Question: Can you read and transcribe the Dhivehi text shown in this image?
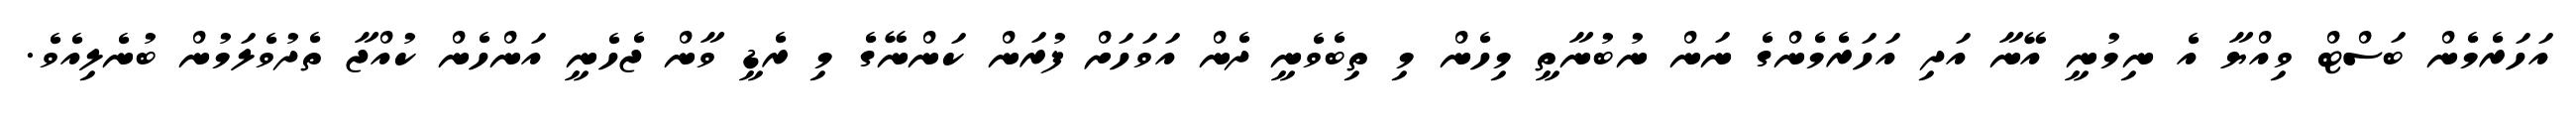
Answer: އަހަރެމެން ބަސްޓް ވިއްޔާ އެ ނިމުނީ އޭނާ އަދި އަހަރެމެންގެ ނަން ނުބުނާތީ މިހެން މި ތިބެވެނީ ދެން އަވަހަށް ފުރަން ކަންނޭގެ މި ރެޑީ ވާން ޖެހެނީ އަންހެން ކުއްޖާ ތެދުވެލަމުން ބުނެލިއެވެ.